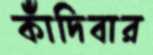
কাঁদিবার